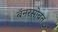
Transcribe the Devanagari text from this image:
बॅनरसोबत